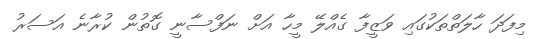
މިފަދަ ހާލަތްތަކުގައި ވަޒީފާ ގެއްލޭ މީހާ އަށް ނަފްސާނީ ގޮތުން ކުރާނެ އަސަރު